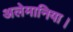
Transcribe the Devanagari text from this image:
अलेमानिया।